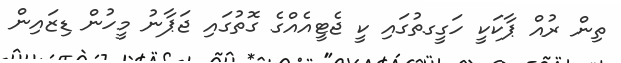
ތިން ރުއް ޕާކަކީ ހަގީގތުގައި ކީ ޖެޓީއެއްގެ ގޮތުގައި ޖަޕާނު މީހުން ޑިޒައިން